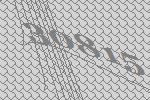
30815